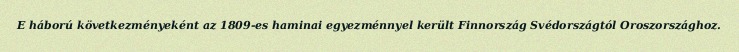
E háború következményeként az 1809-es haminai egyezménnyel került Finnország Svédországtól Oroszországhoz.